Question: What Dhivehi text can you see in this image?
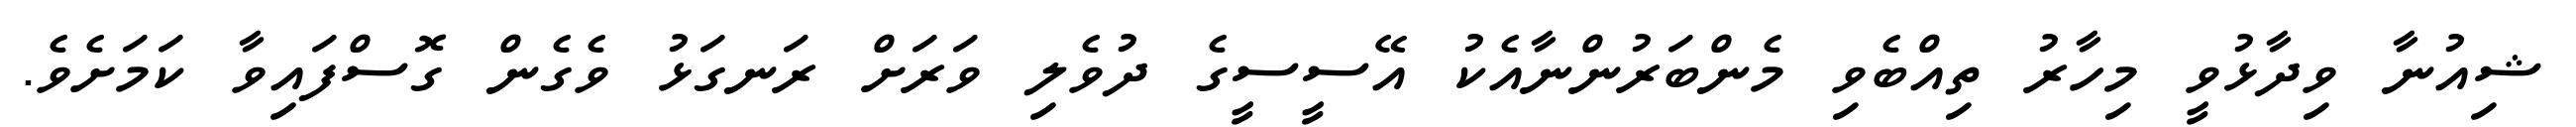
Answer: ޝިއުނާ ވިދާޅުވީ މިހާރު ތިއްބެވި މެންބަރުންނާއެކު އޭސީސީގެ ދުވެލި ވަރަށް ރަނގަޅު ވެގެން ގޮސްފައިވާ ކަމަށެވެ.